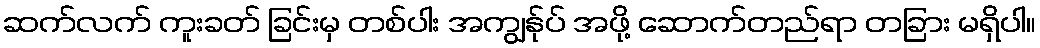
ဆက်လက် ကူးခတ် ခြင်းမှ တစ်ပါး အကျွန်ုပ် အဖို့ ဆောက်တည်ရာ တခြား မရှိပါ။